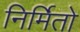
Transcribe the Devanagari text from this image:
निर्मितो